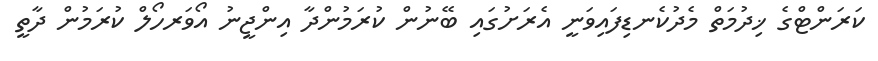
ކަރަންޓްގެ ޚިދުމަތް މެދުކެނޑިފައިވަނީ އެރަށުގައި ބޭނުން ކުރަމުންދާ އިންޖީނު އޯވަރހޯލް ކުރަމުން ދާތީ